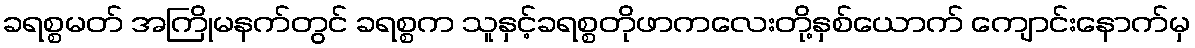
ခရစ္စမတ် အကြိုမနက်တွင် ခရစ္စက သူနှင့်ခရစ္စတိုဖာကလေးတို့နှစ်ယောက် ကျောင်းနောက်မှ